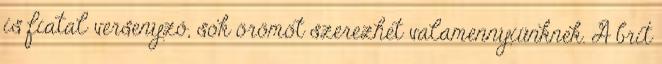
is fiatal versenyző, sok örömöt szerezhet valamennyiünknek. A brit